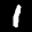
Label: 1